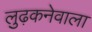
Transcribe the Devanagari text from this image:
लुढ़कनेवाला